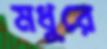
মধুরে